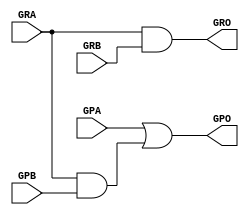
// this is for parallel prefix round robin arbiter

module full_reduction_unit(
    input   GPA, GRA, GPB, GRB,
    output  GPO, GRO
);

assign GPO = GPA | (GRA & GPB);
assign GRO = GRA & GRB;
    
endmodule